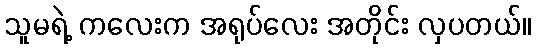
သူမရဲ့ ကလေးက အရုပ်လေး အတိုင်း လှပတယ်။